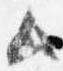
ム